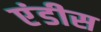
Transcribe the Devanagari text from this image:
एंडीस